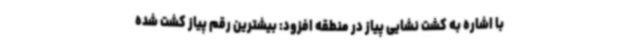
با اشاره به کشت نشایی پیاز در منطقه افزود: بیشترین رقم پیاز کشت شده